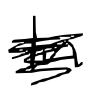
Text: In
Cross-out: scratch
Writing tool: digital_black